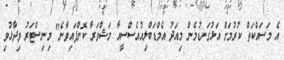
އެ މަސައްކަތް ކުރުމަށް އަޅުގަނޑުމެން މިއަދު އެމްޑަބްލިއުއެސްސީއާ މަޝްވަރާ ކޮށްފައިވާނެ" މިނިސްޓަރު ވިދާޅުވި